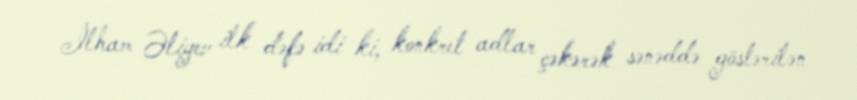
İlham Əliyev ilk dəfə idi ki, konkret adlar çəkərək sənəddə göstərilən